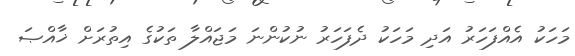
މަހަކު އެއްފަހަރު އަދި މަހަކު ދެފަހަރު ނުކުންނަ މަޖައްލާ ތަކުގެ އިތުރަށް ޚާއްޞަ